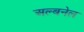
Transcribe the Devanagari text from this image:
अल्बनेल